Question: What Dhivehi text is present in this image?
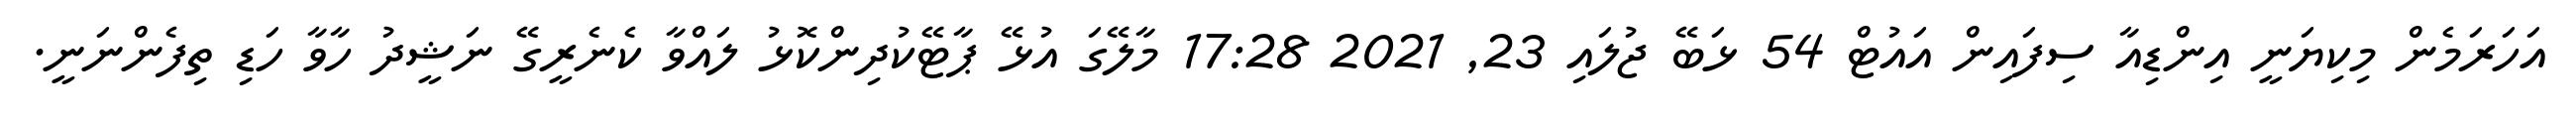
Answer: އަހަރަމެން މިކިޔަނީ އިންޑިއާ ސިފައިން އައުޓް 54 ޅަބޭ ޖުލައި 23, 2021 17:28 މާލޭގަ އުޅޭ ޕާޓޭކުދިންކޮޅު ލައްވާ ކެނެރީގޭ ނަޝީދު ހާވާ ހަޑި ތިފެންނަނީ.